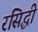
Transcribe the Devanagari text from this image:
रसिद्धी